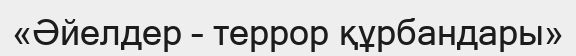
«Әйелдер – террор құрбандары»